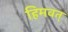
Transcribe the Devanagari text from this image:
हिमवत्‌